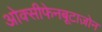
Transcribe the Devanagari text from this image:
ओक्सीफेनबूटाज़ोन